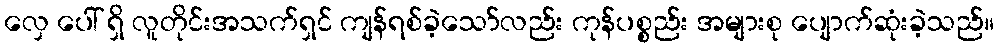
လှေ ပေါ် ရှိ လူတိုင်းအသက်ရှင် ကျန်ရစ်ခဲ့သော်လည်း ကုန်ပစ္စည်း အများစု ပျောက်ဆုံးခဲ့သည်။